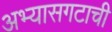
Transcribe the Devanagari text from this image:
अभ्यासगटाची